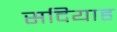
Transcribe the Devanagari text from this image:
सदियाह